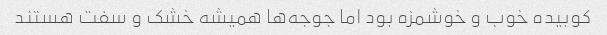
کوبیده خوب و خوشمزه بود اما جوجه‌ها همیشه خشک و سفت هستند